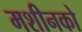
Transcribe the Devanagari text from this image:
मशीनको